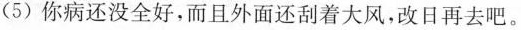
(5)你病还没全好,而且外面还刮着大风,改日再去吧。